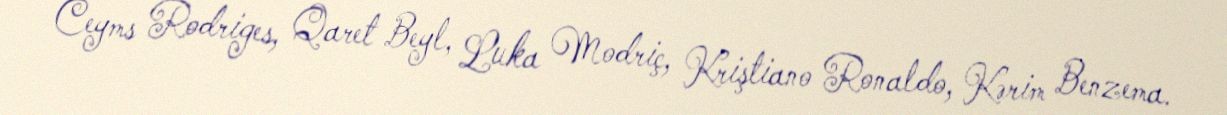
Ceyms Rodriges, Qaret Beyl, Luka Modriç, Kriştiano Ronaldo, Kərim Benzema.